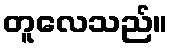
တူလေသည်။